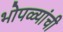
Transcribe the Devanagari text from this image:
भोपळ्यांची